65_HS1-834228961_62-HQ-83894_Section_9
Agency: FBI
Page 272
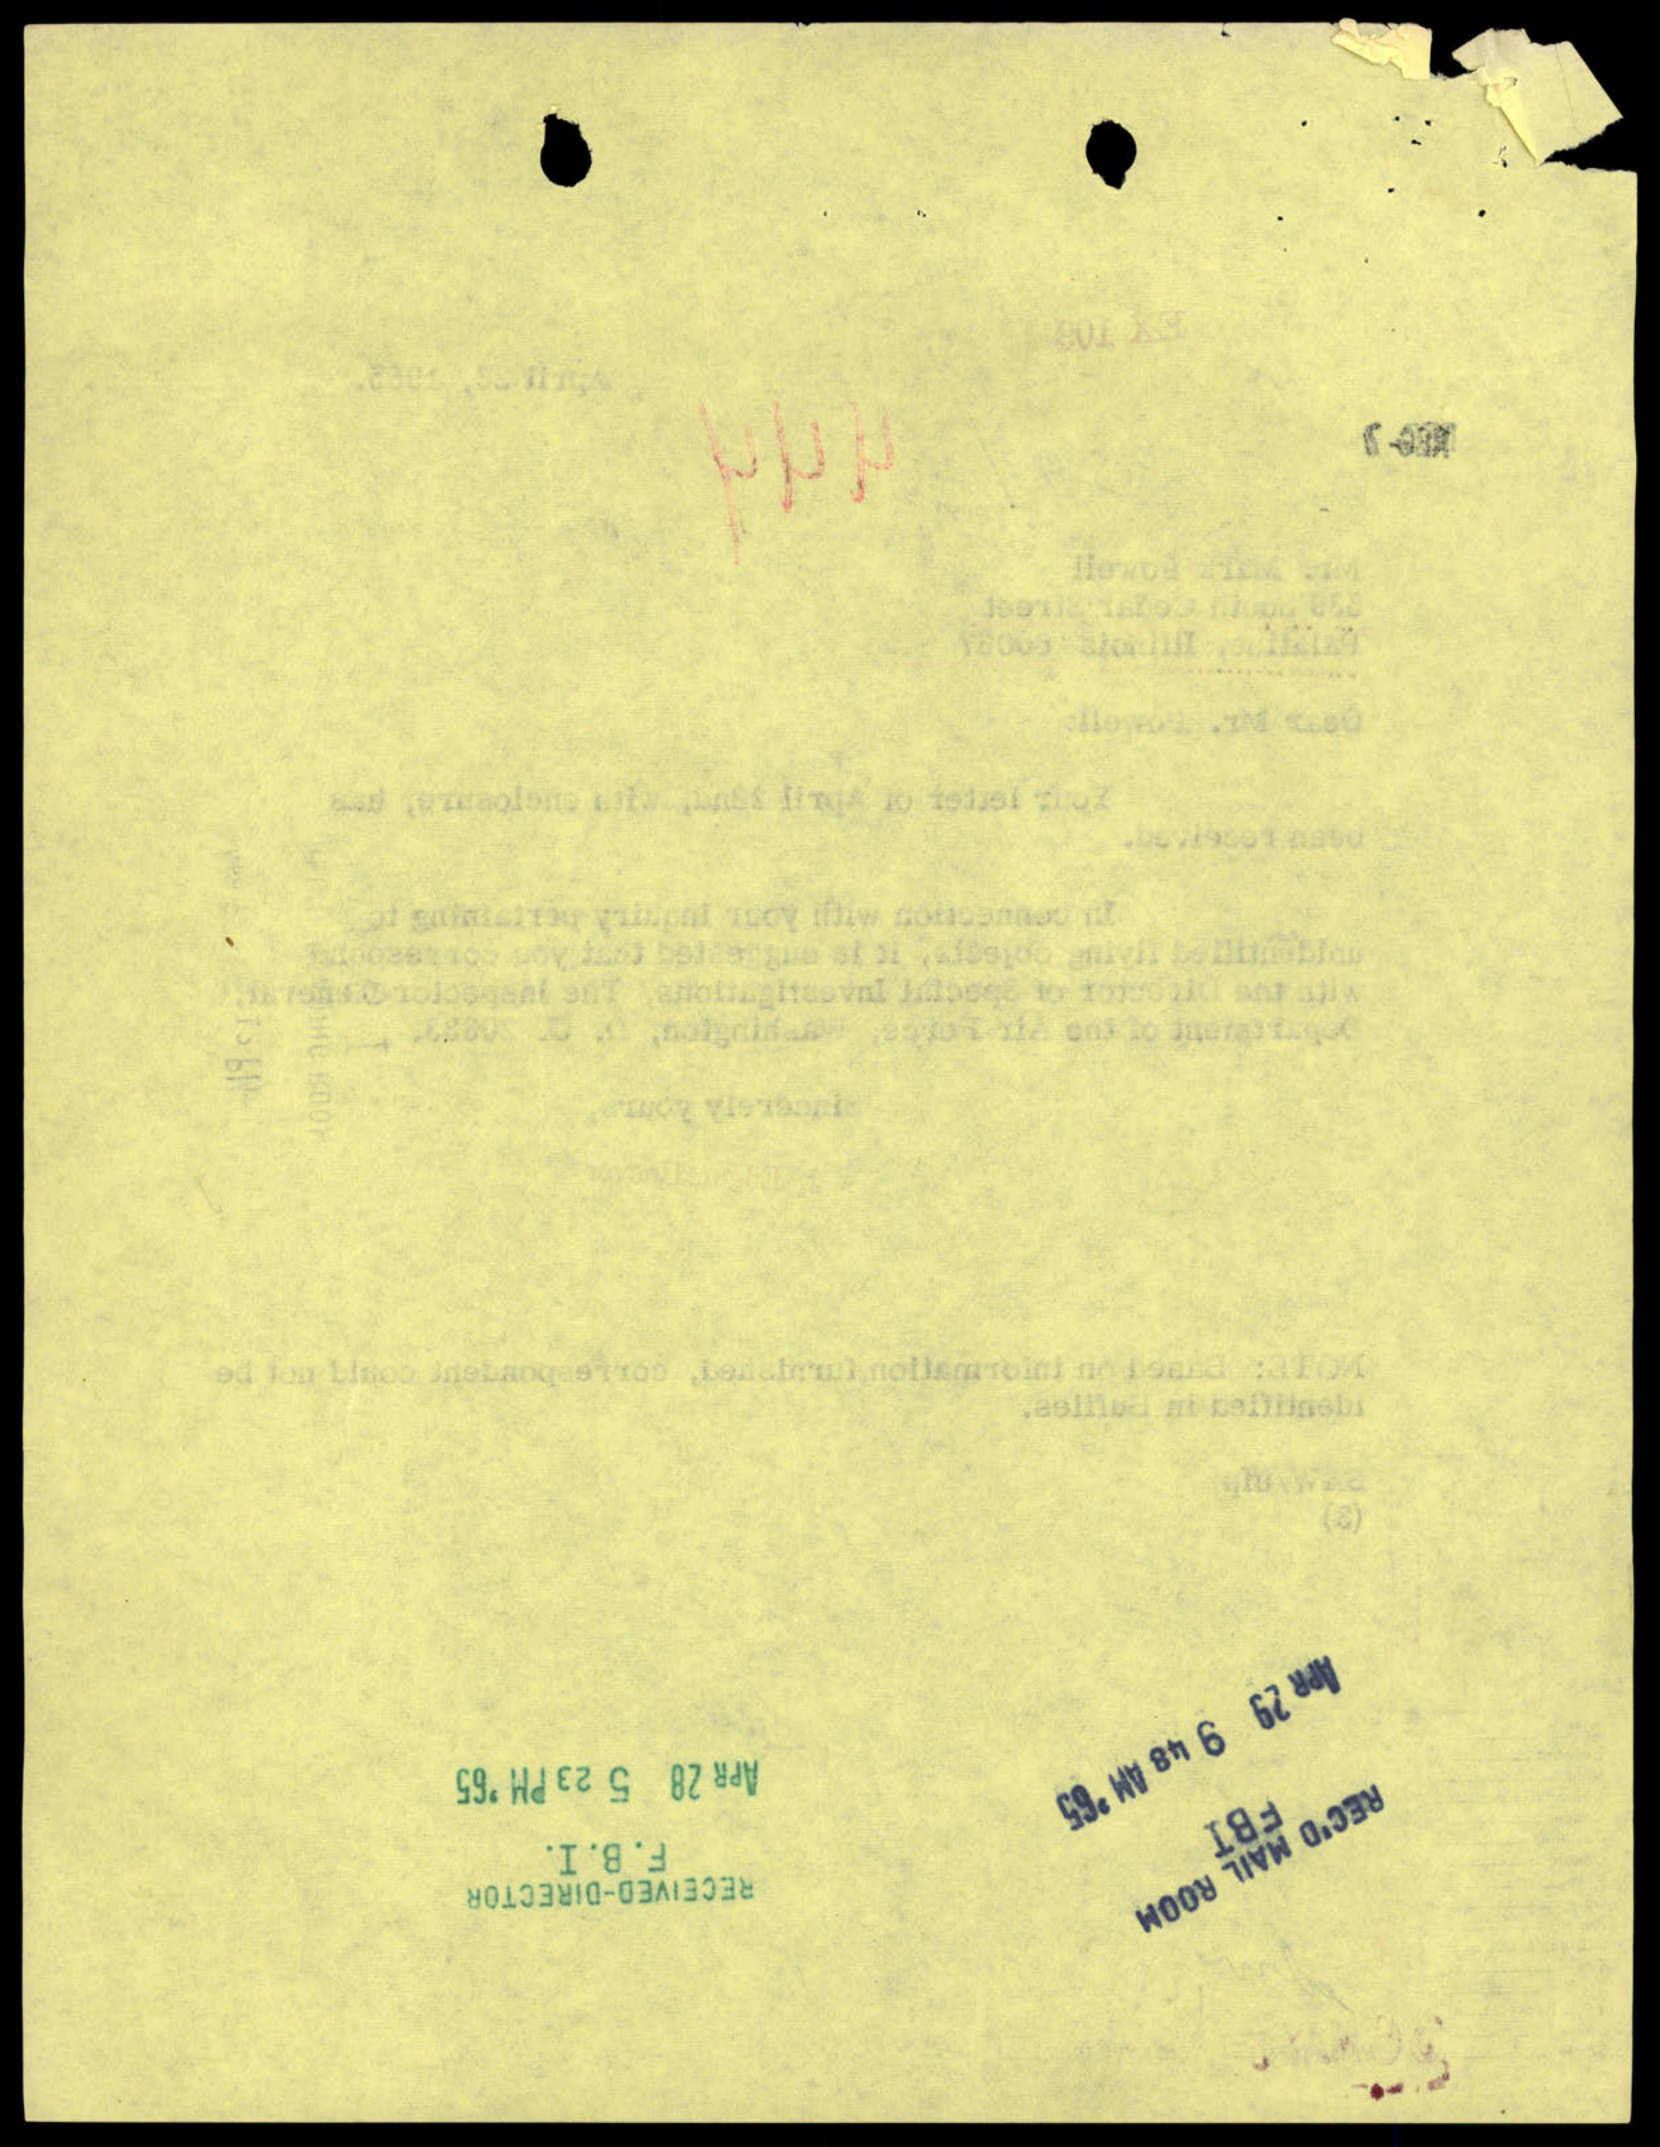